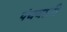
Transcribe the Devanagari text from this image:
पंचयाती